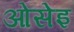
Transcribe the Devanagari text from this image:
ओसेइ